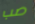
صب